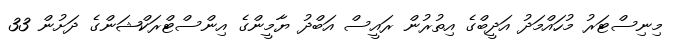
މިނިސްޓަރު މުހައްމަދު އަދީބްގެ އިތުރުން ރައީސް އަބްދު ޔާމީންގެ އިންސްޓްރަކްޝަންގެ ދަށުން 33